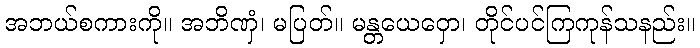
အဘယ်စကားကို။ အဘိဏှံ၊ မပြတ်။ မန္တယေဝှော၊ တိုင်ပင်ကြကုန်သနည်း။